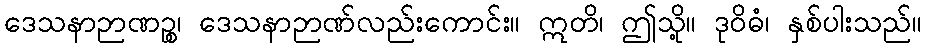
ဒေသနာဉာဏဉ္စ၊ ဒေသနာဉာဏ်လည်းကောင်း။ ဣတိ၊ ဤသို့။ ဒုဝိဓံ၊ နှစ်ပါးသည်။